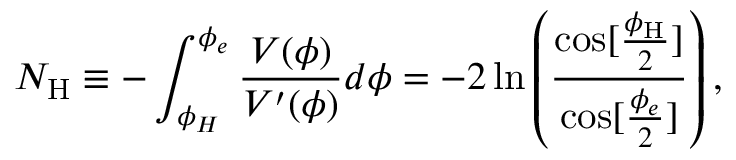
N _ { \mathrm { H } } \equiv - \int _ { \phi _ { H } } ^ { \phi _ { e } } \frac { V ( { \phi } ) } { V ^ { \prime } ( { \phi } ) } d \phi = - 2 \ln \left( \frac { \cos [ \frac { \phi _ { \mathrm { H } } } { 2 } ] } { \cos [ \frac { \phi _ { e } } { 2 } ] } \right) ,